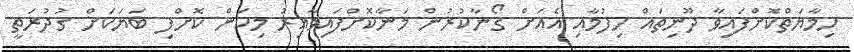
ހިމާޔަތްކޮށްފައިވާ ދޫނިތައް ހިފުމާއި އެއަށް ގޯނާކުރުން މަނާކޮށްފައިވާއިރު މިކަން ކޮށްފި ބަޔަކަށް ގުދުރަތީ